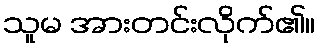
သူမ အားတင်းလိုက်၏။